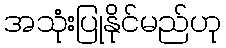
အသုံးပြုနိုင်မည်ဟု